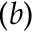
( b )